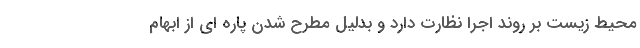
محیط زیست بر روند اجرا نظارت دارد و بدلیل مطرح شدن پاره ای از ابهام